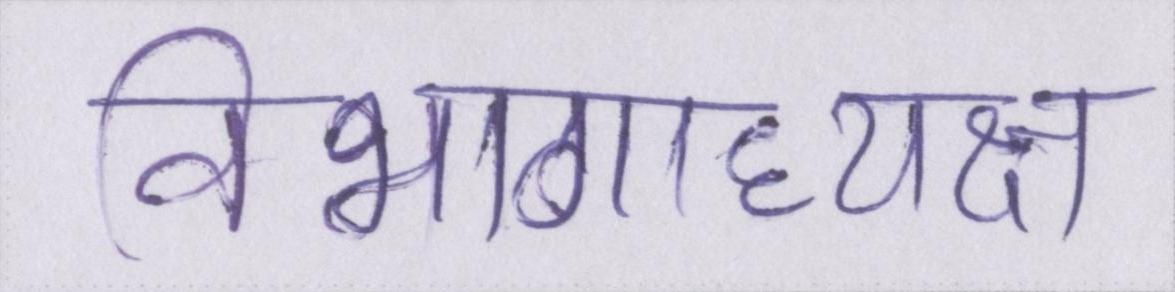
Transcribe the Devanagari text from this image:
विभागाध्यक्ष